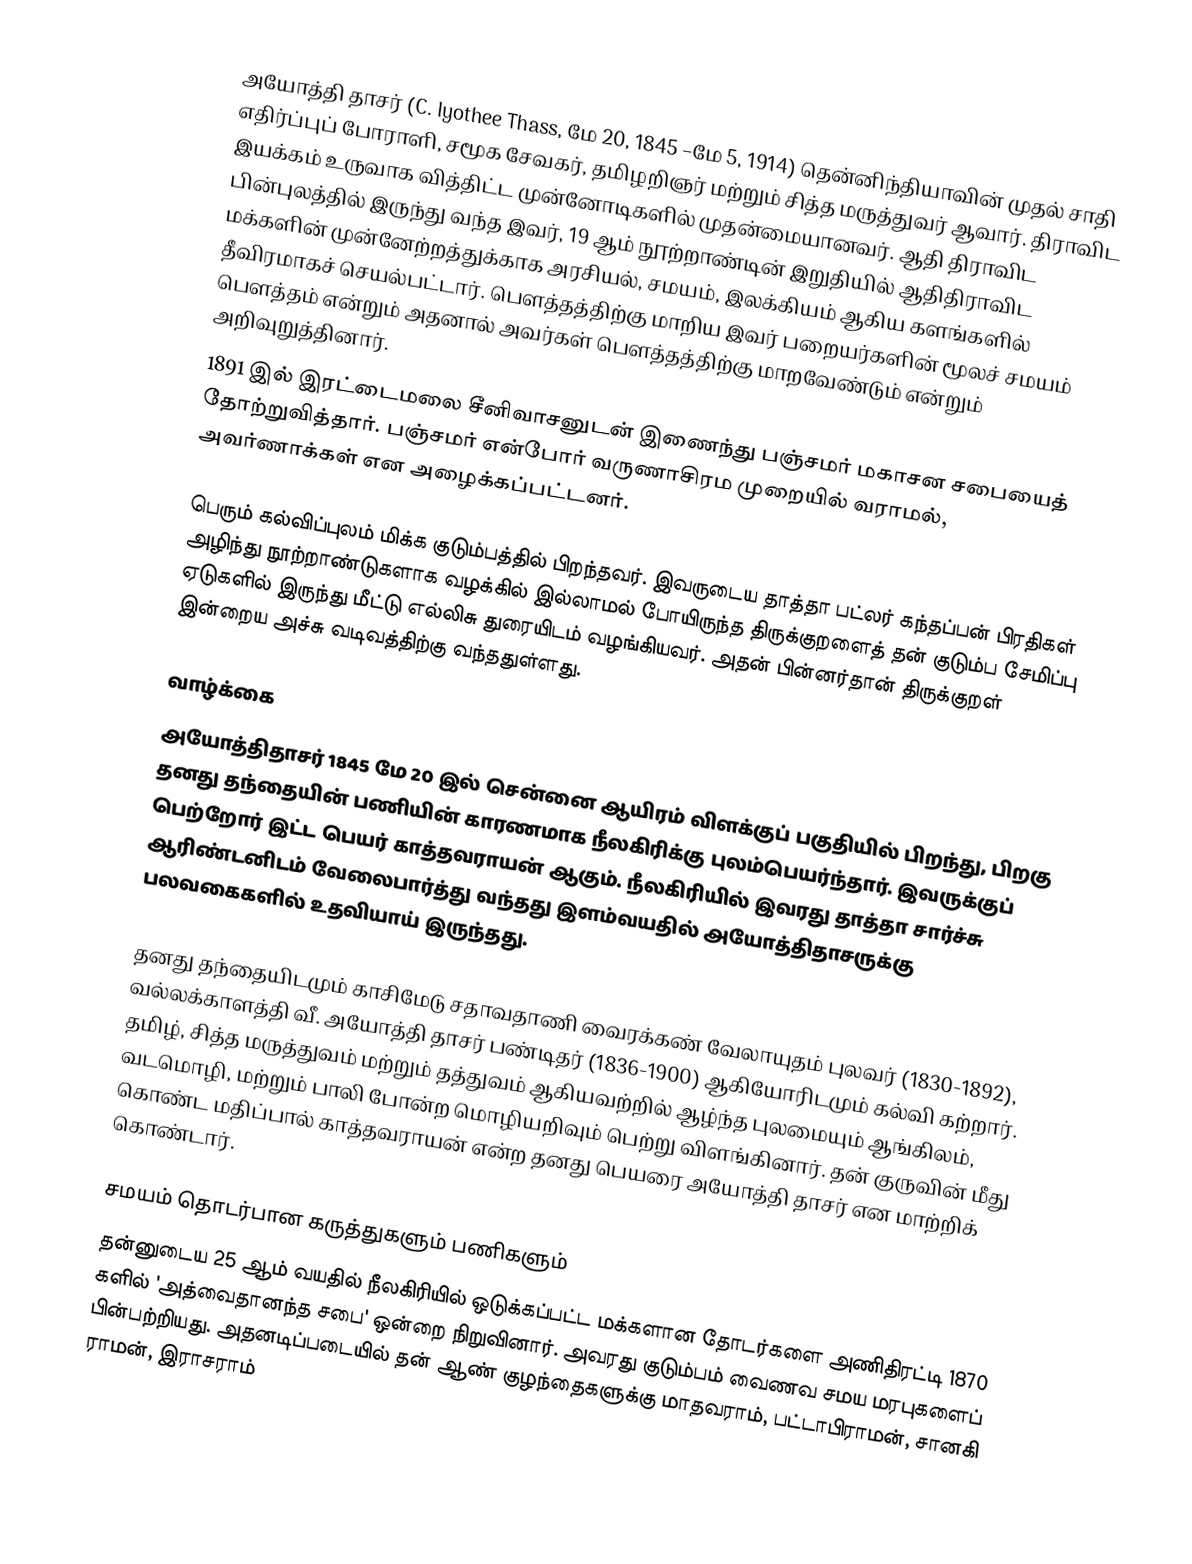
அயோத்தி தாசர் (C. Iyothee Thass, மே 20, 1845 –மே 5, 1914) தென்னிந்தியாவின் முதல் சாதி எதிர்ப்புப் போராளி, சமூக சேவகர், தமிழறிஞர் மற்றும் சித்த மருத்துவர் ஆவார். திராவிட இயக்கம் உருவாக வித்திட்ட முன்னோடிகளில் முதன்மையானவர். ஆதி திராவிட பின்புலத்தில் இருந்து வந்த இவர், 19 ஆம் நூற்றாண்டின் இறுதியில் ஆதிதிராவிட மக்களின் முன்னேற்றத்துக்காக அரசியல், சமயம், இலக்கியம் ஆகிய களங்களில் தீவிரமாகச் செயல்பட்டார். பௌத்தத்திற்கு மாறிய இவர் பறையர்களின் மூலச் சமயம் பௌத்தம் என்றும் அதனால் அவர்கள் பௌத்தத்திற்கு மாறவேண்டும் என்றும் அறிவுறுத்தினார்.
1891 இல் இரட்டைமலை சீனிவாசனுடன் இணைந்து பஞ்சமர் மகாசன சபையைத் தோற்றுவித்தார். பஞ்சமர் என்போர் வருணாசிரம முறையில் வராமல், அவர்ணாக்கள் என அழைக்கப்பட்டனர்.

பெரும் கல்விப்புலம் மிக்க குடும்பத்தில் பிறந்தவர். இவருடைய தாத்தா பட்லர் கந்தப்பன் பிரதிகள் அழிந்து நூற்றாண்டுகளாக வழக்கில் இல்லாமல் போயிருந்த திருக்குறளைத் தன் குடும்ப சேமிப்பு ஏடுகளில் இருந்து மீட்டு எல்லிசு துரையிடம் வழங்கியவர். அதன் பின்னர்தான் திருக்குறள் இன்றைய அச்சு வடிவத்திற்கு வந்ததுள்ளது.

வாழ்க்கை
அயோத்திதாசர் 1845 மே 20 இல் சென்னை ஆயிரம் விளக்குப் பகுதியில் பிறந்து, பிறகு தனது தந்தையின் பணியின் காரணமாக நீலகிரிக்கு புலம்பெயர்ந்தார். இவருக்குப் பெற்றோர் இட்ட பெயர் காத்தவராயன் ஆகும். நீலகிரியில் இவரது தாத்தா சார்ச்சு ஆரிண்டனிடம்  வேலைபார்த்து வந்தது இளம்வயதில் அயோத்திதாசருக்கு பலவகைகளில் உதவியாய் இருந்தது.

தனது தந்தையிடமும் காசிமேடு சதாவதாணி வைரக்கண் வேலாயுதம் புலவர் (1830-1892), வல்லக்காளத்தி வீ. அயோத்தி தாசர் பண்டிதர் (1836-1900) ஆகியோரிடமும் கல்வி கற்றார். தமிழ், சித்த மருத்துவம் மற்றும் தத்துவம் ஆகியவற்றில் ஆழ்ந்த புலமையும் ஆங்கிலம், வடமொழி, மற்றும் பாலி போன்ற மொழியறிவும் பெற்று விளங்கினார். தன் குருவின் மீது கொண்ட மதிப்பால் காத்தவராயன் என்ற தனது பெயரை அயோத்தி தாசர் என மாற்றிக் கொண்டார்.

சமயம் தொடர்பான கருத்துகளும் பணிகளும்
தன்னுடைய 25 ஆம் வயதில் நீலகிரியில் ஒடுக்கப்பட்ட மக்களான தோடர்களை அணிதிரட்டி 1870 களில் 'அத்வைதானந்த சபை' ஒன்றை நிறுவினார். அவரது குடும்பம் வைணவ சமய மரபுகளைப் பின்பற்றியது. அதனடிப்படையில் தன் ஆண் குழந்தைகளுக்கு மாதவராம், பட்டாபிராமன், சானகி ராமன், இராசராம்